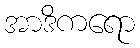
အာဒိကရော